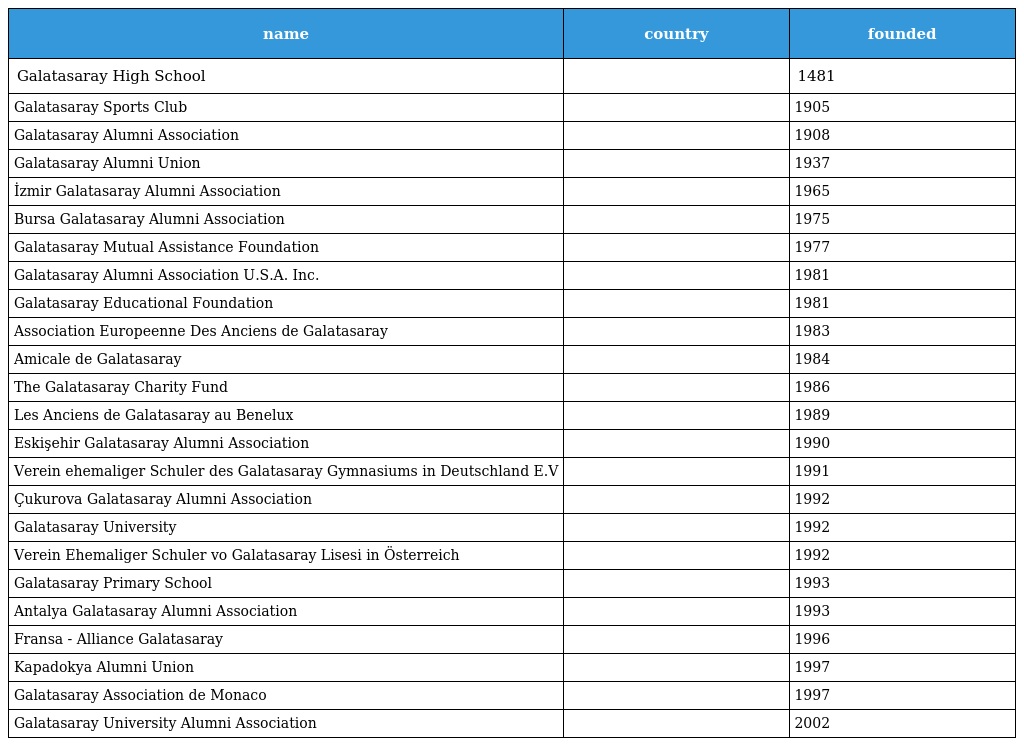
| name | country | founded |
 | --- | --- | --- |
 | Galatasaray High School |  | 1481 |
 | Galatasaray Sports Club |  | 1905 |
 | Galatasaray Alumni Association |  | 1908 |
 | Galatasaray Alumni Union |  | 1937 |
 | İzmir Galatasaray Alumni Association |  | 1965 |
 | Bursa Galatasaray Alumni Association |  | 1975 |
 | Galatasaray Mutual Assistance Foundation |  | 1977 |
 | Galatasaray Alumni Association U.S.A. Inc. |  | 1981 |
 | Galatasaray Educational Foundation |  | 1981 |
 | Association Europeenne Des Anciens de Galatasaray |  | 1983 |
 | Amicale de Galatasaray |  | 1984 |
 | The Galatasaray Charity Fund |  | 1986 |
 | Les Anciens de Galatasaray au Benelux |  | 1989 |
 | Eskişehir Galatasaray Alumni Association |  | 1990 |
 | Verein ehemaliger Schuler des Galatasaray Gymnasiums in Deutschland E.V |  | 1991 |
 | Çukurova Galatasaray Alumni Association |  | 1992 |
 | Galatasaray University |  | 1992 |
 | Verein Ehemaliger Schuler vo Galatasaray Lisesi in Österreich |  | 1992 |
 | Galatasaray Primary School |  | 1993 |
 | Antalya Galatasaray Alumni Association |  | 1993 |
 | Fransa - Alliance Galatasaray |  | 1996 |
 | Kapadokya Alumni Union |  | 1997 |
 | Galatasaray Association de Monaco |  | 1997 |
 | Galatasaray University Alumni Association |  | 2002 |